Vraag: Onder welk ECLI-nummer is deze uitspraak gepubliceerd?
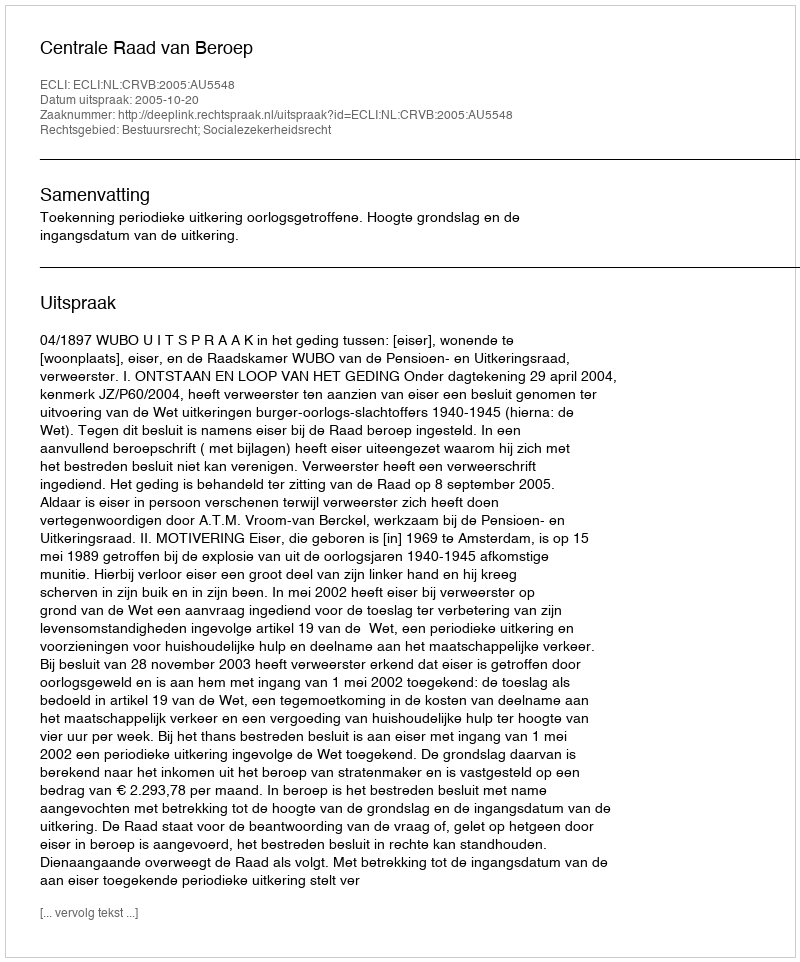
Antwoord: ECLI:NL:CRVB:2005:AU5548